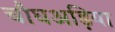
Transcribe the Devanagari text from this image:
चौघअड़िया